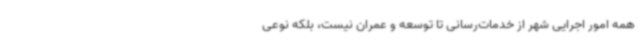
همه امور اجرایی شهر از خدمات‌رسانی تا توسعه و عمران نیست، بلکه نوعی